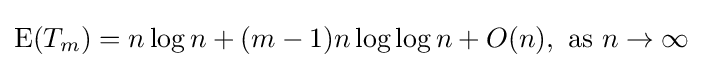
\operatorname {E} (T_{m})=n\log n+(m-1)n\log \log n+O(n),{\text{ as }}n\to \infty